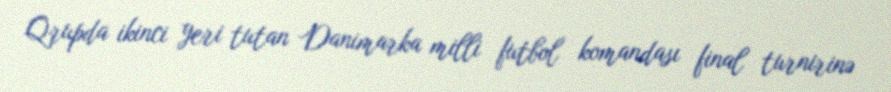
Qrupda ikinci yeri tutan Danimarka milli futbol komandası final turnirinə